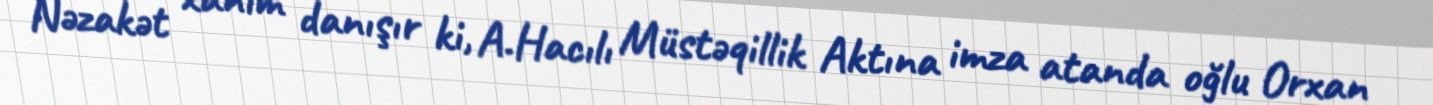
Nəzakət xanım danışır ki, A.Hacılı Müstəqillik Aktına imza atanda oğlu Orxan